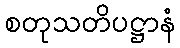
စတုသတိပဋ္ဌာနံ